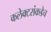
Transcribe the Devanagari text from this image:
कलेक्टरांकडेच